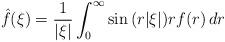
LaTeX: \begin{align*}\hat{f}(\xi) = \frac{1}{|\xi|} \int_{0}^{\infty} \sin{(r |\xi|)} r f(r) \, dr\end{align*}